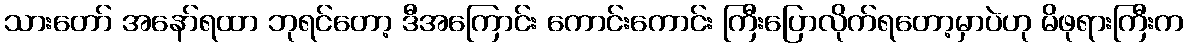
သားတော် အနော်ရထာ ဘုရင်တော့ ဒီအကြောင်း ကောင်းကောင်း ကြီးပြောလိုက်ရတော့မှာပဲဟု မိဖုရားကြီးက